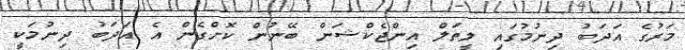
މަރުގެ އަދަބު ދިނުމުގައި ލީތަލް އިންޖެކްޝަން ބޭނުން ކޮށްގެން އެ އަދަބު ދިނުމަކީ